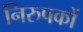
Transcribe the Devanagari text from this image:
निरुपकों